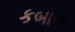
કબાબ